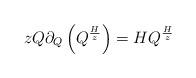
LaTeX: \begin{align*} zQ \partial_Q \left( Q^{\frac{H}{z}} \right) = H Q^\frac{H}{z} \end{align*}